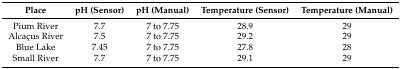
<table><thead><tr><td><b>Place</b></td><td><b>pH (Sensor)</b></td><td><b>pH (Manual)</b></td><td><b>Temperature (Sensor)</b></td><td><b>Temperature (Manual)</b></td></tr></thead><tbody><tr><td>Pium River</td><td>7.7</td><td>7 to 7.75</td><td>28.9</td><td>29</td></tr><tr><td>Alcaçus River</td><td>7.5</td><td>7 to 7.75</td><td>29.2</td><td>29</td></tr><tr><td>Blue Lake</td><td>7.45</td><td>7 to 7.75</td><td>27.8</td><td>28</td></tr><tr><td>Small River</td><td>7.7</td><td>7 to 7.75</td><td>29.1</td><td>29</td></tr></tbody></table>